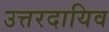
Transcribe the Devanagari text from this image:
उत्तरदायिव